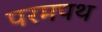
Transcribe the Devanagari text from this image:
परमपथ